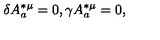
\delta A _ { a } ^ { * \mu } = 0 , \gamma A _ { a } ^ { * \mu } = 0 ,